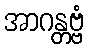
အာဂန္တဗ္ဗံ